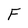
Character: F